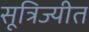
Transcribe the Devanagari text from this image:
सूत्रिज्यीत